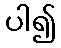
ပါ၍